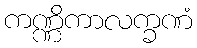
ကဏ္ဏိကာလက္ခဏံ